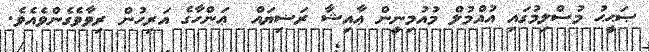
ޞަޙީޙު މުސްލިމުގައި އުއްމުލް މުއުމިނީން ޢާއިޝާ ރަޟިޔައް  ޢަންހާގެ އަރިހުން ރިވާވެގެންވެއެވެ.